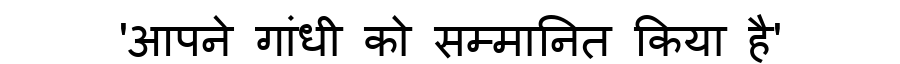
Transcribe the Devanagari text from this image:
'आपने गांधी को सम्मानित किया है'